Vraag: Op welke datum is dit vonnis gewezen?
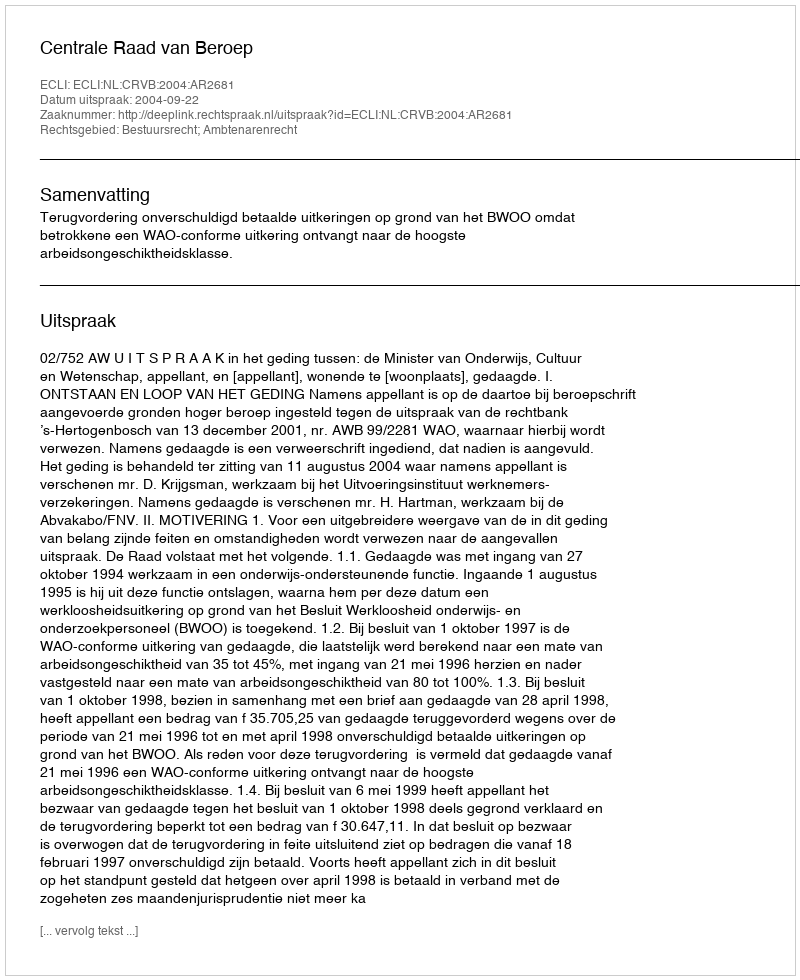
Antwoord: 2004-09-22